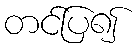
တင်ပြ၍